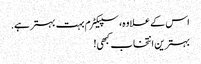
اس کے علاوہ، سپیکٹرم بہت بہتر ہے.
بہترین انتخاب کبھی!